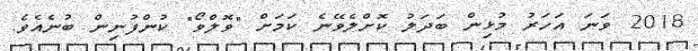
2018 ވަނަ އަހަރު މުޅިން ބަދަލު ކޮށްލެވޭނެ ކަމަށް "ވޮލްވޯ" ކުންފުނިން ބުނެއެވެ.